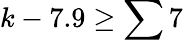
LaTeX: k-7.9\geq\sum 7